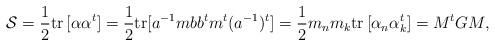
LaTeX: \begin{align*}{\cal S}={1\over 2}{\rm tr}\, [\alpha\alpha^t]={1\over 2}{\rm tr}[a^{-1}mbb^tm^t(a^{-1})^t]={1\over 2}m_nm_k{\rm tr}\,[\alpha_n\alpha^t_k]=M^tGM,\end{align*}